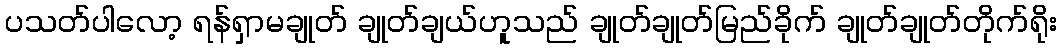
ပသတ်ပါလော့ ရန်ရှာမချုတ် ချုတ်ချယ်ဟူသည် ချုတ်ချုတ်မြည်ခိုက် ချုတ်ချုတ်တိုက်ရိုး